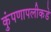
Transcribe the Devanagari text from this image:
कुंपणापलीकडे